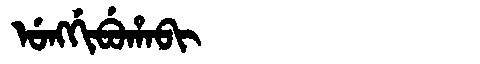
Manchu: ᡠᠩᡤᡳᠪᡠᡥᠠᠪᡳ
Romanization: UNGGIBUHABI